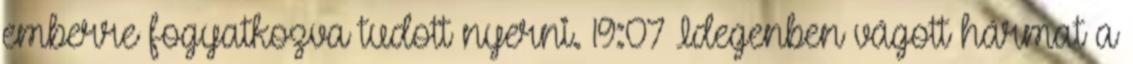
emberre fogyatkozva tudott nyerni. 19:07 Idegenben vágott hármat a